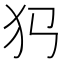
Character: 𤜛